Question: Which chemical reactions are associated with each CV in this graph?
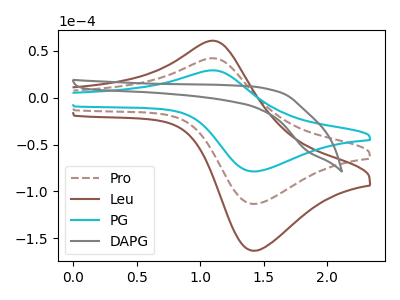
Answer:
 <answer>The brown dashed curve is labeled "Pro". The brown curve is labeled "Leu". The cyan curve is labeled "PG". The gray curve is labeled "DAPG".</answer>
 <eval></eval>